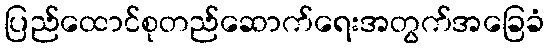
ပြည်ထောင်စုတည်ဆောက်ရေးအတွက်အခြေခံ